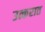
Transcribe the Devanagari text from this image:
उत्करात